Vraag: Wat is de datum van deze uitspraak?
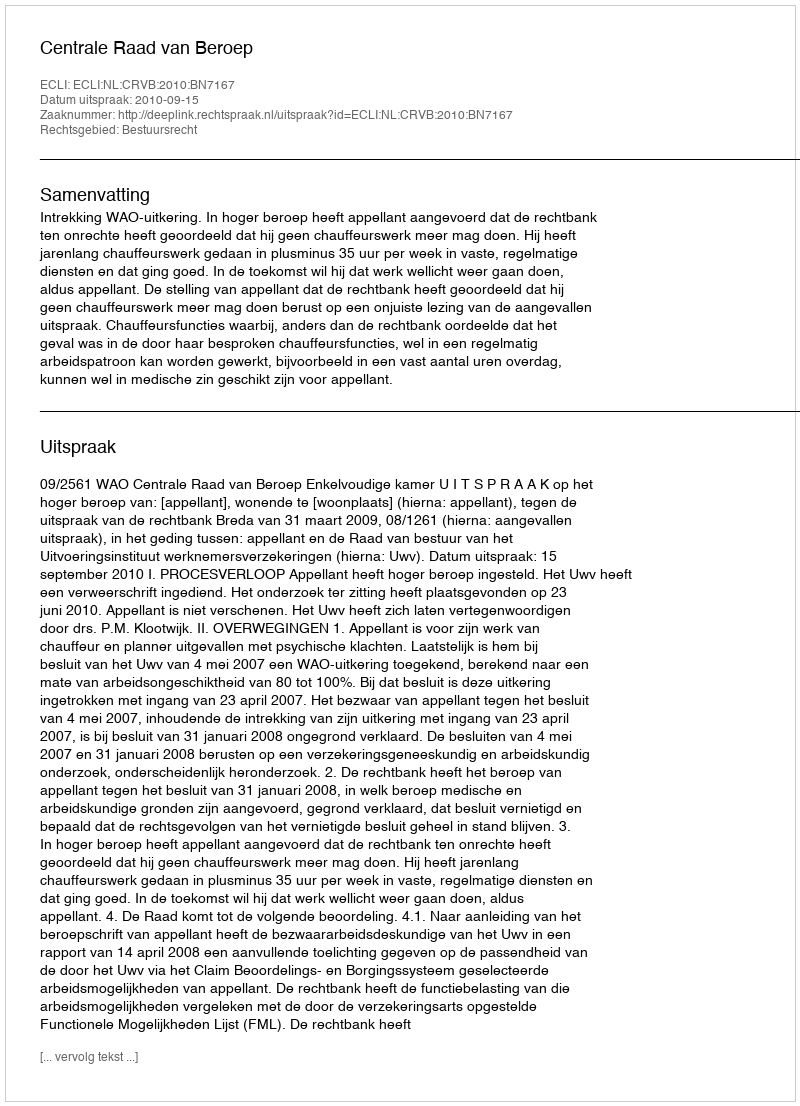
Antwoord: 2010-09-15